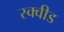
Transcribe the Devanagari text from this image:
स्क्वीड